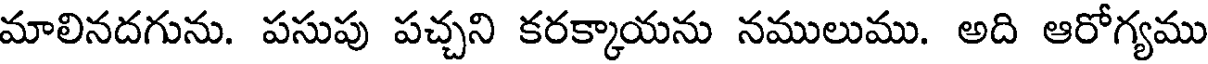
మాలినదగును. పసుపు పచ్చని కరక్కాయను నములుము. అది ఆరోగ్యము